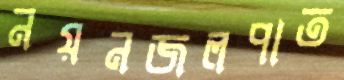
নয়নজলপাত